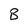
Character: B